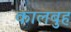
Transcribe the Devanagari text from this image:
कालबुह